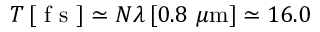
T \, [ \mathrm { ~ f ~ s ~ } ] \simeq N \lambda \, [ 0 . 8 ~ \mu \mathrm { m } ] \simeq 1 6 . 0